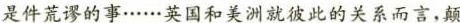
是件荒谬的事……英国和美洲就彼此的关系而言，颠